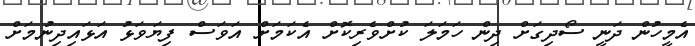
އެމީހުން ދަނީ ސޯދިގަށް ދިން ހަމަލަ ކުށްވެރިކޮށް އެކަމަށް އަވަސް ފިޔަވަޅު އަޅައިދިނުމަށް